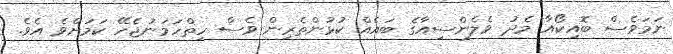
ނަމަވެސް ބޮއިކޯއާ މެދު ވެލެންސިއާގެ ބައެއް ކުޅުންތެރިން ވެސް ހިތްހަމަނުޖެހޭ ކަމަށްވެ އެވެ.